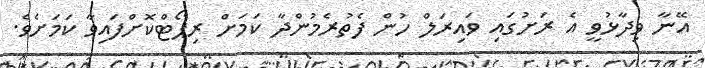
އޭނާ ވިދާޅުވީ އެ ރަށުގައި ވައިރަލް ހުން ފެތުރެމުންދާ ކަމަށް ރިޕޯޓްކޮށްފައިވާ ކަމަށެވެ.